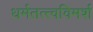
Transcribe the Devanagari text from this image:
धर्मतत्त्वविमर्श